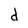
Character: d